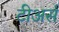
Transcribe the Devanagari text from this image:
टीअर्स